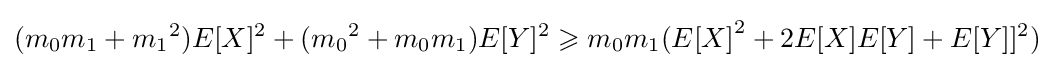
(m_{0}m_{1}+{m_{1}}^{2}){E[X]^{2}}+({m_{0}}^{2}+m_{0}m_{1}){E[Y]^{2}}\geqslant m_{0}m_{1}({E[X]}^{2}+2E[X]E[Y]+{E[Y]]^{2}})